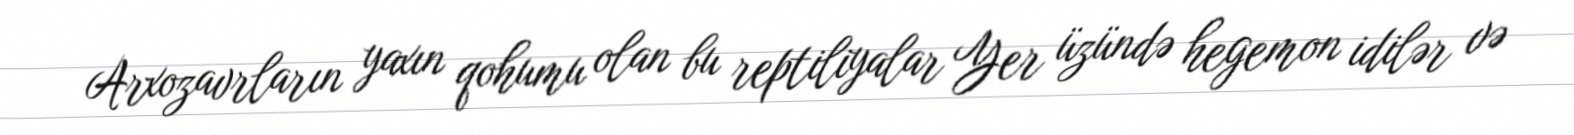
Arxozavrların yaxın qohumu olan bu reptiliyalar Yer üzündə hegemon idilər və